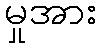
မှုအား